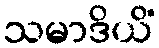
သမာဒိယိံ